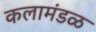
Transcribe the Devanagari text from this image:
कलामंडळ